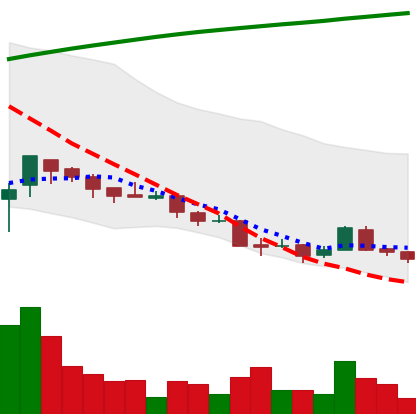
Ticker: XRP-USD
Chart end date: 2018-04-06
Forward return: 13.239%
Label: up_7plus